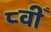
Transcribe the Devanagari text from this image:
८वीँ